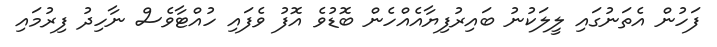
ފަހުން އެތަނުގައި ލީލަކުނު ބައިރުފިޔާއެއްހެން ބޮޑުވެ އޮފު ވެފައި ހުއްޓާވެސް ނާހިދު ފިރުމައި